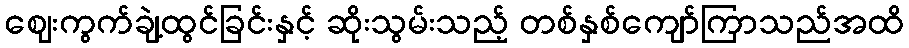
ဈေးကွက်ချဲ့ထွင်ခြင်းနှင့် ဆိုးသွမ်းသည့် တစ်နှစ်ကျော်ကြာသည်အထိ